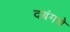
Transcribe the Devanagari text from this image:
दबंगचे